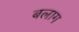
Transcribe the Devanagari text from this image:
बलाग